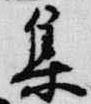
集